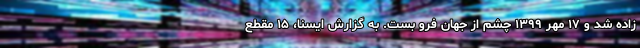
زاده شد و ۱۷ مهر ۱۳۹۹ چشم از جهان فرو بست. به گزارش ایسنا، ۱۵ مقطع